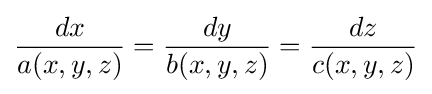
{\frac {dx}{a(x,y,z)}}={\frac {dy}{b(x,y,z)}}={\frac {dz}{c(x,y,z)}}